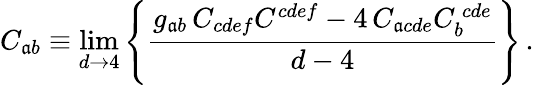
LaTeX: C_{\mathfrak{a}b}\equiv\operatorname*{lim}_{d\rightarrow4}\left\{ {\frac{{g_{\mathfrak{a}b}\, C_{cdef}C^{cdef}-4\, C_{\mathfrak{a}cde}C_{b}^{\ cde}}}{{d-4}}}\right\} \, .